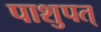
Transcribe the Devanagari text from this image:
पाशुपत्